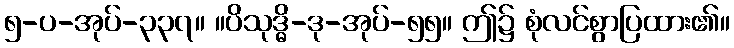
၅-ပ-အုပ်-၃၃၇။ ။ပိသုဒ္ဓိ-ဒု-အုပ်-၅၅။ ဤ၌ စုံလင်စွာပြထား၏။